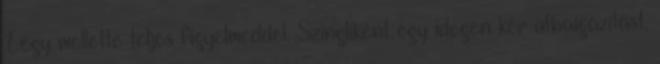
Légy mellette teljes figyelmeddel. Szingliként egy idegen kér útbaigazítást,